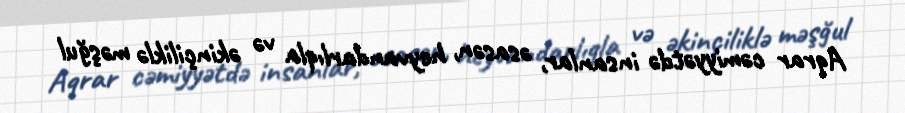
Aqrar cəmiyyətdə insanlar, əsasən, heyvandarlıqla və əkinçiliklə məşğul